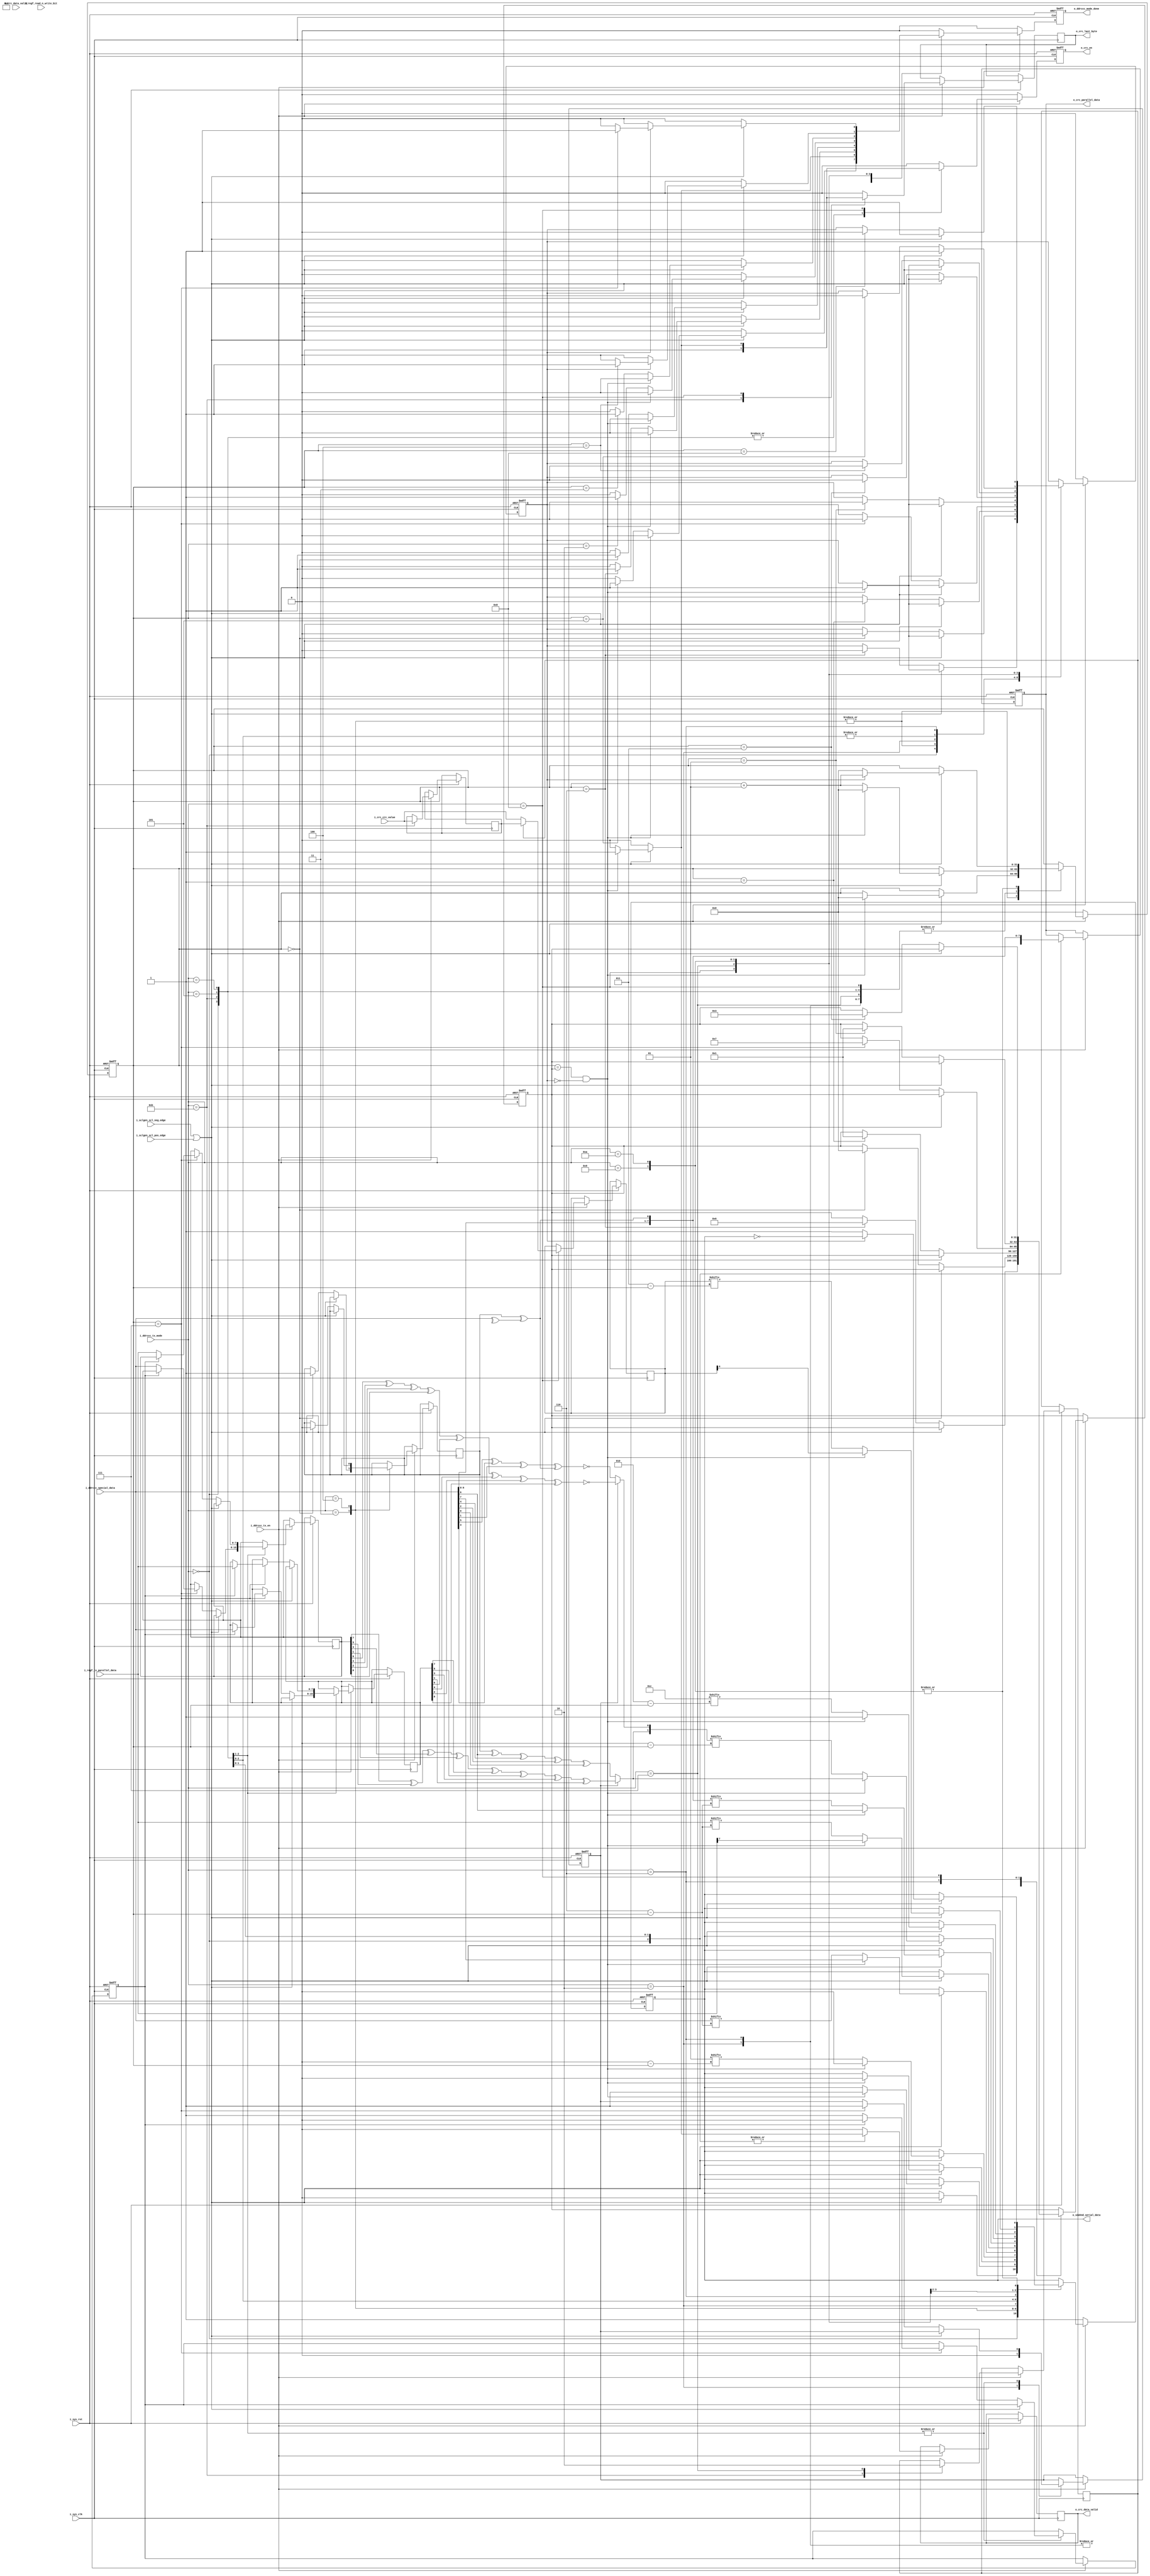
module tx (
input        i_sys_clk,
input        i_sys_rst,
input        i_ddrccc_tx_en,
input        i_sclgen_scl_pos_edge,
input        i_sclgen_scl_neg_edge,
input [3:0]  i_ddrccc_tx_mode,
input [7:0]  i_regf_tx_parallel_data, 
input [7:0]  i_ddrccc_special_data, // special from ddr or ccc (address or ccc value)  
input [4:0]  i_crc_crc_value, //separate calculation of crc (of what serialized) in another block 
input        i_crc_data_valid,
input        i_regf_read_n_write_bit,


output reg        o_sdahnd_serial_data, //SDA
output reg        o_ddrccc_mode_done,
output reg        o_crc_en, 
output reg [7:0]  o_crc_parallel_data ,//sending byte byte of what serialized for crc block
output reg        o_crc_last_byte,
output reg        o_crc_data_valid
);


// tx modes needed  
localparam [3:0]  special_preambles = 'd2, //2'b01 
                  serializing_address = 'd1, //address of target
    				          serializing_zeros = 'd0 ,  //7-zeros in the first byte of cmd word        
                  one = 'd3, // for representing preamble bit or reading_or_writing bit  
                  zero = 'd4, // for representing preamble bit or reading_or_writing bit
				          serializing_data = 'd5, //data byte from reg to be serialized
				          CCC_value = 'd11 , //special data in case of transmitting CCC
				          calculating_Parity = 'd6, //parity of word serialized either cmd word or data word
				          token_CRC = 'd8, //special bits 4'b1100
				          CRC_value = 'd7, //CRC value arrived of data serialized
                  restart_Pattern = 'd9,
                  exit_Pattern = 'd10;

/**special values*/			  
reg [1:0] special_preamble = 'b01 ;
reg [3:0] token = 4'b1100;
reg [6:0] reserved =7'b0000000;


/**internal signals*/
wire parity_adj; 
wire [7:0] A; //CMD_Word_Second_Byte
wire P1, P0; //parity bits to be serialized
wire P1_cmdword, P0_cmdword; //parity bits of cmdword
wire P1_data, P0_data; //parity bits of data
wire [1:0] P;
reg [7:0] D1, D2; //first_and_second_Data_Bytes
reg	crc_indicator ;
reg [4:0] crc_temp ; 
reg [4:0] crc;
reg en_sys, sys_clk;


/**helpful flags*/
integer counter;
integer value;
reg reset_counter_flag;
reg rd_wr_flag; //storing rd_or_wr bit for calculating (parity adj) and (cmd word parity)
reg parity_flag; //to distinguish parity is calculated for cmd or data
reg first_byte_full; //to distinguish tx is serializing first byte or second byte
reg last_crc_bit;


assign A = {i_ddrccc_special_data[6:0],parity_adj} ; 
assign parity_adj = ( rd_wr_flag ^ (^i_ddrccc_special_data) ) ;
assign P1 = (parity_flag)? P1_data : P1_cmdword ; 
assign P0 = (parity_flag)? P0_data : P0_cmdword ;
assign P = {P1,P0} ;
assign P1_cmdword = rd_wr_flag ^ A[7] ^ A[5] ^ A[3] ^ A[1] ;
assign P0_cmdword = A[6] ^ A[4] ^ A[2] ^ A[0] ^ 1 ;
assign P1_data = D1[7] ^ D1[5] ^ D1[3] ^ D1[1] ^ D2[7] ^ D2[5] ^ D2[3] ^ D2[1] ;
assign P0_data = D1[6] ^ D1[4] ^ D1[2] ^ D1[0] ^ D2[6] ^ D2[4] ^ D2[2] ^ D2[0] ^ 1 ; 


 always @ (posedge i_sys_clk or negedge i_sys_rst)
	begin 
	
		if(~i_sys_rst) begin 
		    o_sdahnd_serial_data<= 1;
        o_ddrccc_mode_done<= 0;
        o_crc_parallel_data<= 0;
        o_crc_en<= 0;
		    counter <= 0;
		    reset_counter_flag <= 0;
		    value <= 0;
		    parity_flag <= 0;
		    first_byte_full <= 0;
		    o_crc_en <= 0; 
		end 
		
		else if (i_ddrccc_tx_en) begin
		  
		o_ddrccc_mode_done <= 0;
		o_crc_data_valid <= 'b0;
		 o_crc_en <= 'b0;
		 o_crc_last_byte <= 'b0;
		
		case (i_ddrccc_tx_mode)
		  
		  ///////////////////////
		  
		serializing_zeros : begin
		  
		  o_crc_parallel_data <= {i_regf_read_n_write_bit , reserved};
		  o_crc_en <= 'b1;
		//	o_crc_data_valid <= 'b1;

		 if (i_sclgen_scl_neg_edge || i_sclgen_scl_pos_edge)
		   begin
		    o_sdahnd_serial_data <= 1'b0 ;    
		    if ( (counter == value) & (!reset_counter_flag) )
		      begin
           counter <= 'd0;
           reset_counter_flag <= 1;
		   o_crc_data_valid <= 'b1;
          end
          
			  else
			    begin
			     if ( counter == 'd5 ) begin 
			      o_ddrccc_mode_done <= 'b1;
				  end
			      counter <= counter + 1;
				 // o_crc_data_valid <= 'b0;
				 
				 
			    end
			    
			 end
			 
			else if ( counter == 'd6 )
			  begin
			 reset_counter_flag <= 0;
			 value <= 6;
			 end
		  
		  end
	
		/////////////////////////////////
		  
		one : begin
		  
		//	o_crc_en <= 'b1;
			o_crc_last_byte <= 'b0;
		  if (i_sclgen_scl_neg_edge || i_sclgen_scl_pos_edge)
		   begin
		     
		     if ( (counter == value) & (!reset_counter_flag) )
		      begin
           counter <= 0;
           reset_counter_flag <= 1;
           o_sdahnd_serial_data <= 1;
			     o_ddrccc_mode_done <= 'b1;
          end
			 end
			 
			else if ( counter == 'd0 )
			  begin
			 rd_wr_flag <= 'b1;
			 reset_counter_flag <= 0;
			 value <= 0;
			 end
		  end
		  
		  ////////////////////////////
		  
		 zero : begin
		//  o_crc_en <= 'b1;
			o_crc_last_byte <= 'b0;
		  
		  if (i_sclgen_scl_neg_edge || i_sclgen_scl_pos_edge)
		   begin
		     if ( (counter == value) & (!reset_counter_flag) )
		      begin
           counter <= 'd0;
           reset_counter_flag <= 1;
   		      o_sdahnd_serial_data <= 0;
			     o_ddrccc_mode_done <= 1;
          end
			 end
			 
			else if ( counter == 'd0 )
			  begin
			 rd_wr_flag <= 'b0;
			 reset_counter_flag <= 0;
			 value <= 0;
			 end
		  end
		  
		  /////////////////////////////////////
		
		special_preambles : begin
		parity_flag <= 0;  // to make P1=P1_cmd &P1=P0_cmd
		//o_crc_en <= 'b1;
		o_crc_last_byte <= 'b0;
		  
		  if (i_sclgen_scl_neg_edge || i_sclgen_scl_pos_edge)
		   begin
		        
		    if ( (counter == value) & (!reset_counter_flag) )
		      begin
           counter <= 'd0;
           reset_counter_flag <= 1;
           o_sdahnd_serial_data <= special_preamble['d1] ; 
          end
          
			  else
			    begin
			    counter <= counter + 1;
			    o_sdahnd_serial_data <= special_preamble['d0 - counter] ;
			    if ( counter == 'd0 )
			       o_ddrccc_mode_done <= 'b1;
			    end
			    
			 end
			 
			else if ( counter == 'd1 )
			  begin
			 reset_counter_flag <= 0;
			 value <= 1;
			 end
			 
		 end	
		 ////////////////////////////////////
		 
		 CCC_value :  begin
		  
		  o_crc_last_byte <= 'b1;
		  o_crc_en <= 'b1;
		  crc_indicator <= 'b1;
		  crc_temp <= i_crc_crc_value ;
			
		  if (i_sclgen_scl_neg_edge || i_sclgen_scl_pos_edge)
		   begin    
		    if ( (counter == value) & (!reset_counter_flag) )
		      begin
           counter <= 'd0;
           reset_counter_flag <= 1;
           o_sdahnd_serial_data <= i_ddrccc_special_data['d7] ;
           end
          
			  else
			    begin
			    counter <= counter + 1;
			    o_sdahnd_serial_data <= i_ddrccc_special_data['d6 - counter] ;
			    if ( counter == 'd6 )
					begin
			       o_ddrccc_mode_done <= 'b1;
				   end
			    end
			 end
			 
	 else if ( counter == 'd7 )
			begin
			 reset_counter_flag <= 0;
			 value <= 7;
			 parity_flag <= 1;
			 if (!first_byte_full)
			   begin
			    D1 <= i_ddrccc_special_data;
			    first_byte_full <= 1;
			   end
			 else
			   begin
			    D2 <= i_ddrccc_special_data;
			    first_byte_full <= 0;
			   end
		  end
			 
	 end	
		
		 ///////////////////////////////////
		  
		serializing_data :  begin
		  
			o_crc_en <= 'b1;
			o_crc_parallel_data <= i_regf_tx_parallel_data;
			o_crc_last_byte <= 'b0;
			//o_crc_data_valid <= 'b1;
			
		  if (i_sclgen_scl_neg_edge || i_sclgen_scl_pos_edge)
		   begin    
		    if ( (counter == value) & (!reset_counter_flag) )
		      begin
           counter <= 'd0;
           reset_counter_flag <= 1;
           o_sdahnd_serial_data <= i_regf_tx_parallel_data['d7] ;
		   o_crc_data_valid <= 'b1;
           end
          
			  else
			    begin
			    counter <= counter + 1;
			    o_sdahnd_serial_data <= i_regf_tx_parallel_data['d6 - counter] ;
			    if ( counter == 'd6 ) begin
			      o_ddrccc_mode_done <= 'b1;
				  end
				//  o_crc_data_valid <= 'b0;
			    end
			 end
			 
	 else if ( counter == 'd7 )
			begin
			 reset_counter_flag <= 0;
			 value <= 7;
			 parity_flag <= 1;
			 if (!first_byte_full)
			   begin
			    D1 <= i_regf_tx_parallel_data;
			    first_byte_full <= 1;
			   end
			 else
			   begin
			    D2 <= i_regf_tx_parallel_data;
			    first_byte_full <= 0;
			   end
		  end
			 
	 end	
	 
	 /////////////////////////////
		 
		serializing_address :  begin

				  o_crc_parallel_data <= A;	 
				  o_crc_en <= 'b1;
				  o_crc_last_byte <= 'b0;			
					
		
		if (i_sclgen_scl_neg_edge || i_sclgen_scl_pos_edge)
		   begin    
		    if ( (counter == value) & (!reset_counter_flag) )
		      begin
           counter <= 'd0;
           reset_counter_flag <= 1;
           o_sdahnd_serial_data <= A['d7] ;
		   o_crc_data_valid <= 'b1;
		  
           end
          
			  else
			    begin
			    counter <= counter + 1;
			    o_sdahnd_serial_data <= A['d6 - counter] ;
			    if ( counter == 'd6 ) begin
			      o_ddrccc_mode_done <= 'b1;
			    end
			//	o_crc_data_valid <= 'b0;
				end
			    
			 end
			 
			else if ( (counter == 'd7) )
			  begin
			 reset_counter_flag <= 0;
			 value <= 7;
			 end
			 
			 
			 
		 end	
		 
		 /////////////////////////////////
		 
		 
		 calculating_Parity : begin
		   o_crc_en <= 'b0;
		   if (i_sclgen_scl_neg_edge || i_sclgen_scl_pos_edge)
		    begin
		      
		     if ( (counter == value) & (!reset_counter_flag))
		     begin
          counter <= 'd0;
          reset_counter_flag <= 1;
          o_sdahnd_serial_data <= P[1];
         end
			  else
			    begin
			    counter <= counter + 1;
			    o_sdahnd_serial_data <= P[(0 - counter)];
			    if ( counter == 'd0 )
			      o_ddrccc_mode_done <= 'b1;
			    end
			    
			 end
			 
			else if ( counter == 1 )
			 begin
			  reset_counter_flag <= 0;
			  value <= 1;
			 end

		 end	  
		 
		 
		 /////////////////////////////////
				  				  		  
		token_CRC :	 begin

		 if (crc_indicator)
				crc <= crc_temp;
		  else 	
				crc <= i_crc_crc_value;
				

		if (i_sclgen_scl_neg_edge || i_sclgen_scl_pos_edge)
		   begin
    
		    if ( (counter == value) & (!reset_counter_flag))
		     begin
          counter <= 'd0;
          reset_counter_flag <= 1;
          o_sdahnd_serial_data <= token[3];
		   o_crc_en <= 'b1;
		   o_crc_last_byte <= 'b1;
		  
			end
			  else
			    begin
			    counter <= counter + 1;
			    o_sdahnd_serial_data <= token[(2 - counter)];
			    if ( counter == 'd2 )
					begin 
			      o_ddrccc_mode_done <= 'b1;
					
					end
			    end
			    
			 end
			 
			else if ( counter == 3 )
			  begin
			 reset_counter_flag <= 0;
			 value <= 3;
			 end

		 end	 
		
		/////////////////////////////////////////
		 
		CRC_value :  begin
		  crc_indicator <= 'b0;
		
		if (i_sclgen_scl_neg_edge || i_sclgen_scl_pos_edge)
		    begin    
		     if ( (counter == value) & (!reset_counter_flag))
		       begin
		        o_sdahnd_serial_data <= crc[4]; 
				counter <= 'd0;
				reset_counter_flag <= 1;  
           end
			   else
			     begin
			    counter <= counter + 1;
			    o_sdahnd_serial_data <= crc[(3 - counter)];
			    if ( counter == 'd3 )
			      o_ddrccc_mode_done <= 'b1;
			    end
			  end
			    
			else if ( counter == 'd4 )
			 begin
			  reset_counter_flag <= 0; 
			 end
			 
			 
				
			 
	  end
			  
			  /////////////////////////////////////////////
			  
		restart_Pattern: begin
			  
		  if (i_sclgen_scl_neg_edge || i_sclgen_scl_pos_edge)
		    begin    
		     if (!reset_counter_flag)
		       begin
		        o_sdahnd_serial_data <= 1;
            counter <= 'd0;
            reset_counter_flag <= 1; 
           end
           
			   else
			    begin
			     counter <= counter + 1;
			     o_sdahnd_serial_data <= !o_sdahnd_serial_data;
			     if ( counter == 'd4 )
			      o_ddrccc_mode_done <= 'b1;
			    end	  
			  end
			 
	    else if ( counter == 'd5 )
			 begin
			  reset_counter_flag <= 0;
			 end
		  end
		  
			  ////////////////////////////////////////////
			  
			exit_Pattern: begin
			  
		  if (i_sclgen_scl_neg_edge || i_sclgen_scl_pos_edge)
		    begin    
		     if (!reset_counter_flag)
		       begin
		        o_sdahnd_serial_data <= 1;
            counter <= 'd0;
            reset_counter_flag <= 1; 
           end
           
			   else
			    begin
			     counter <= counter + 1;
			     o_sdahnd_serial_data <= !o_sdahnd_serial_data;
			     if ( counter == 'd7 )
			      o_ddrccc_mode_done <= 'b1;
			    end	  
			  end
			 
	    else if ( counter == 'd8 )
			  reset_counter_flag <= 0;

		  end
		
		////////////////////////////////////////////////
		
		endcase
		end		
		
		else
		  begin
		 	  o_sdahnd_serial_data<= 1;
			o_ddrccc_mode_done<= 0;
			o_crc_en<= 0;
		    counter <= 0;
		    reset_counter_flag <= 0;
		    end
		    
		end
		

	
	endmodule